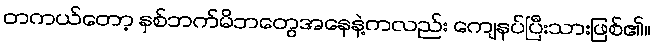
တကယ်တော့ နှစ်ဘက်မိဘတွေအနေနဲ့ကလည်း ကျေနပ်ပြီးသားဖြစ်၏။